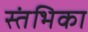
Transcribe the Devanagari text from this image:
स्तंभिका